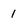
Character: 1